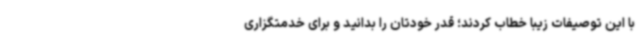
با این توصیفات زیبا خطاب کردند؛ قدر خودتان را بدانید و برای خدمتگزاری